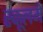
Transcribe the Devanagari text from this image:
स्कूलमें